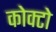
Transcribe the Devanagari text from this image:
कोक्टो